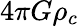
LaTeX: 4\pi G\rho_{c}